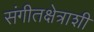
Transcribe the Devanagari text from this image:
संगीतक्षेत्राशी